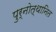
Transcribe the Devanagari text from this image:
पुर्नोत्थानित